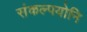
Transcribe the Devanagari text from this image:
संकल्पयोनि